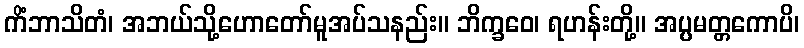
ကိံဘာသိတံ၊ အဘယ်သို့ဟောတော်မူအပ်သနည်း။ ဘိက္ခဝေ၊ ရဟန်းတို့။ အပ္ပမတ္တကောပိ၊